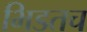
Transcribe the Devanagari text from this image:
भिडतच